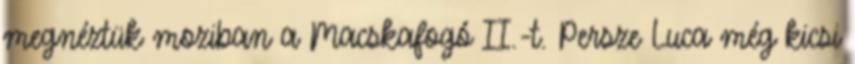
megnéztük moziban a Macskafogó II.-t. Persze Luca még kicsi